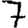
Digit: 7